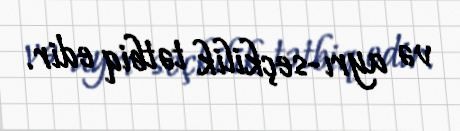
və ayrı-seçkilik tətbiq edir.